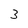
Character: 3